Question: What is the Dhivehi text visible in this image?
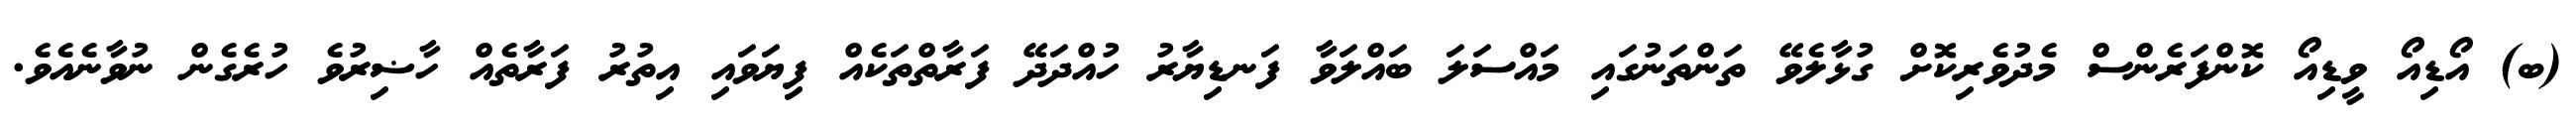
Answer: (ބ) އޯޑިއޯ ވީޑިއޯ ކޮންފަރެންސް މެދުވެރިކޮށް ގުޅާލެވޭ ތަންތަނުގައި މައްސަލަ ބައްލަވާ ފަނޑިޔާރު ހުއްދަދޭ ފަރާތްތަކެއް ފިޔަވައި އިތުރު ފަރާތެއް ހާޟިރުވެ ހުރެގެން ނުވާނެއެވެ.